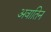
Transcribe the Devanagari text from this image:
अवातिन